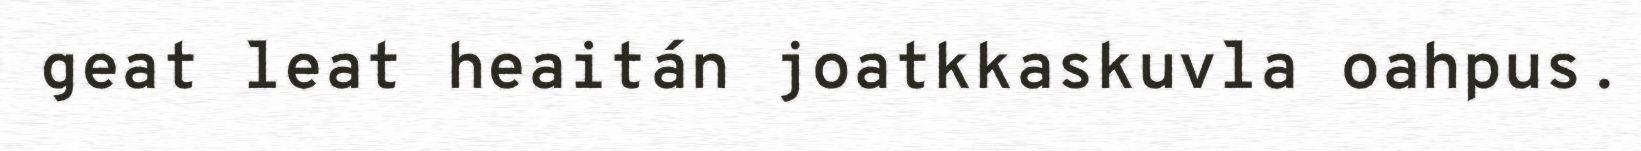
geat leat heaitán joatkkaskuvla oahpus.